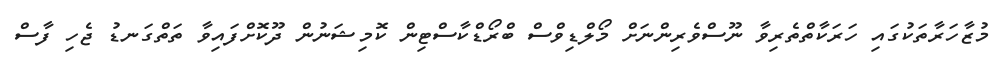
މުޒާހަރާތަކުގައި ހަރަކާތްތެރިވާ ނޫސްވެރިންނަށް މޯލްޑިވްސް ބްރޯޑްކާސްޓިން ކޮމިޝަނުން ދޫކޮށްފައިވާ ތަތްގަނޑު ޖެހި ފާސް